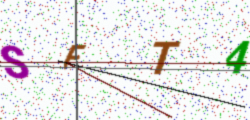
Text: SFT4